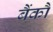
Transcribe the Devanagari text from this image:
बैंकौ